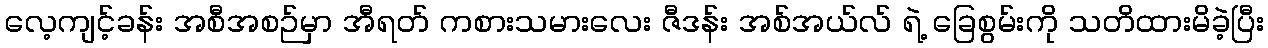
လေ့ကျင့်ခန်း အစီအစဉ်မှာ အီရတ် ကစားသမားလေး ဇီဒန်း အစ်အယ်လ် ရဲ့ ခြေစွမ်းကို သတိထားမိခဲ့ပြီး